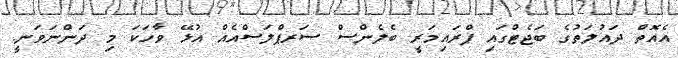
އެއޮތް ދައުލަތުގެ ބަޖެޓްގައި ޕްރައިމަރީ ބެލެންސް ސަރޕްލަސްއެއް އުޅޭ ވާހަކަ މި ދަންނަވަނީ.